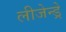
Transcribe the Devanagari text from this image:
लीजेन्ड्रे